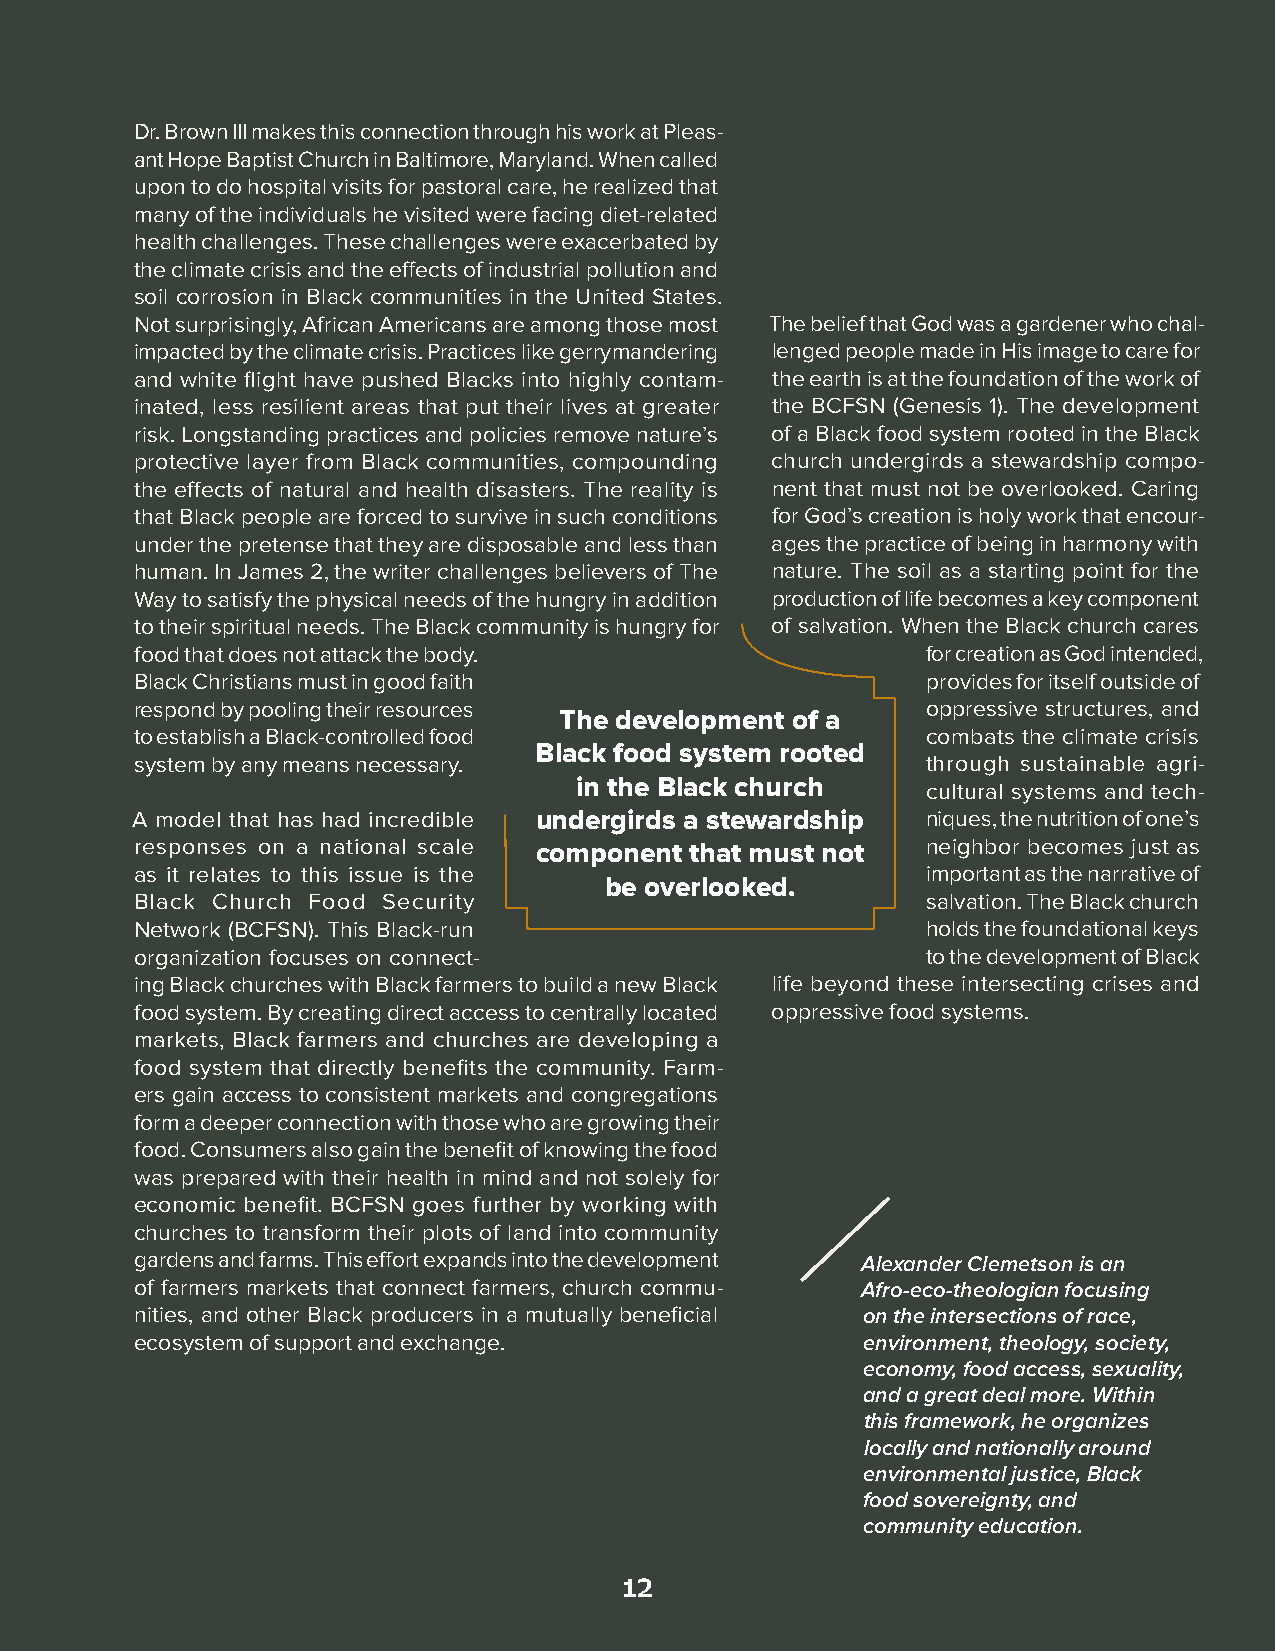
Dr. Brown III makes this connection through his work at Pleas-
 ant Hope Baptist Church in Baltimore, Maryland. When called
 upon to do hospital visits for pastoral care, he realized that
 many of the individuals he visited were facing diet-related
 health challenges. These challenges were exacerbated by
 the climate crisis and the effects of industrial pollution and
 soil corrosion in Black communities in the United States.
 Not surprisingly, African Americans are among those most The belief that God was a gardener who chal-
 impacted by the climate crisis. Practices like gerrymandering lenged people made in His image to care for
 and white flight have pushed Blacks into highly contam- the earth is at the foundation of the work of
 inated, less resilient areas that put their lives at greater the BCFSN (Genesis 1). The development
 risk. Longstanding practices and policies remove nature’s of a Black food system rooted in the Black
 protective layer from Black communities, compounding church undergirds a stewardship compo-
 the effects of natural and health disasters. The reality is nent that must not be overlooked. Caring
 that Black people are forced to survive in such conditions for God’s creation is holy work that encour-
 under the pretense that they are disposable and less than ages the practice of being in harmony with
 human. In James 2, the writer challenges believers of The nature. The soil as a starting point for the
 Way to satisfy the physical needs of the hungry in addition production of life becomes a key component
 to their spiritual needs. The Black community is hungry for of salvation. When the Black church cares
 food that does not attack the body.                 for creation as God intended,
 Black Christians must in good faith                 provides for itself outside of
 respond by pooling their resources                  oppressive structures, and
 The development of a
 to establish a Black-controlled food                combats the climate crisis
 Black food system rooted
 system by any means necessary.                      through sustainable agri-
 in the Black church    cultural systems and tech-
 A model that has had incredible undergirds a stewardship niques, the nutrition of one’s
 responses on a national scale component that must not neighbor becomes just as
 as it relates to this issue is the                  important as the narrative of
 be overlooked.
 Black Church Food Security                          salvation. The Black church
 Network (BCFSN). This Black-run                     holds the foundational keys
 organization focuses on connect-                    to the development of Black
 ing Black churches with Black farmers to build a new Black life beyond these intersecting crises and
 food system. By creating direct access to centrally located oppressive food systems.
 markets, Black farmers and churches are developing a
 food system that directly benefits the community. Farm-
 ers gain access to consistent markets and congregations
 form a deeper connection with those who are growing their
 food. Consumers also gain the benefit of knowing the food
 was prepared with their health in mind and not solely for
 economic benefit. BCFSN goes further by working with
 churches to transform their plots of land into community
 gardens and farms. This effort expands into the development Alexander Clemetson is an
 of farmers markets that connect farmers, church commu- Afro-eco-theologian focusing
 nities, and other Black producers in a mutually beneficial on the intersections of race,
 ecosystem of support and exchange.              environment, theology, society,
 economy, food access, sexuality,
 and a great deal more. Within
 this framework, he organizes
 locally and nationally around
 environmental justice, Black
 food sovereignty, and
 community education.
 12